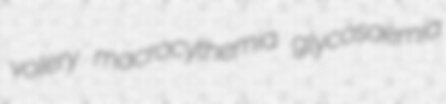
volery macrocythemia glycosaemia